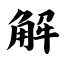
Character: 解